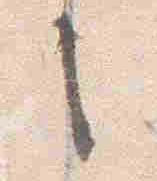
之